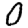
Digit: 0